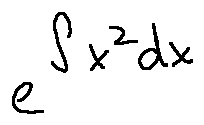
e ^ { \int x ^ { 2 } d x }